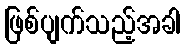
ဖြစ်ပျက်သည့်အခါ